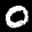
Label: 0